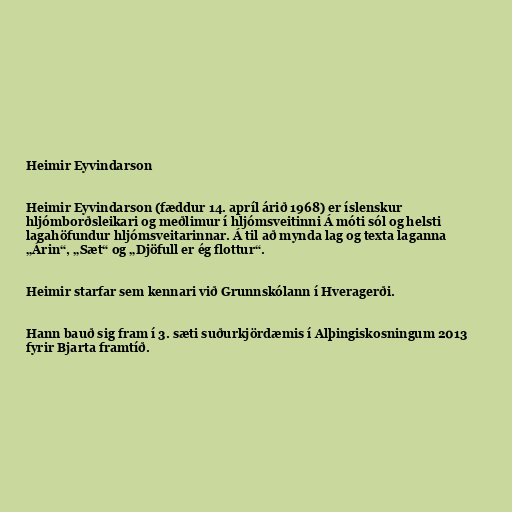
Heimir Eyvindarson

Heimir Eyvindarson (fæddur 14. apríl árið 1968) er íslenskur
hljómborðsleikari og meðlimur í hljómsveitinni Á móti sól og helsti
lagahöfundur hljómsveitarinnar. Á til að mynda lag og texta laganna
„Árin“, „Sæt“ og „Djöfull er ég flottur“.

Heimir starfar sem kennari við Grunnskólann í Hveragerði.

Hann bauð sig fram í 3. sæti suðurkjördæmis í Alþingiskosningum 2013
fyrir Bjarta framtíð.